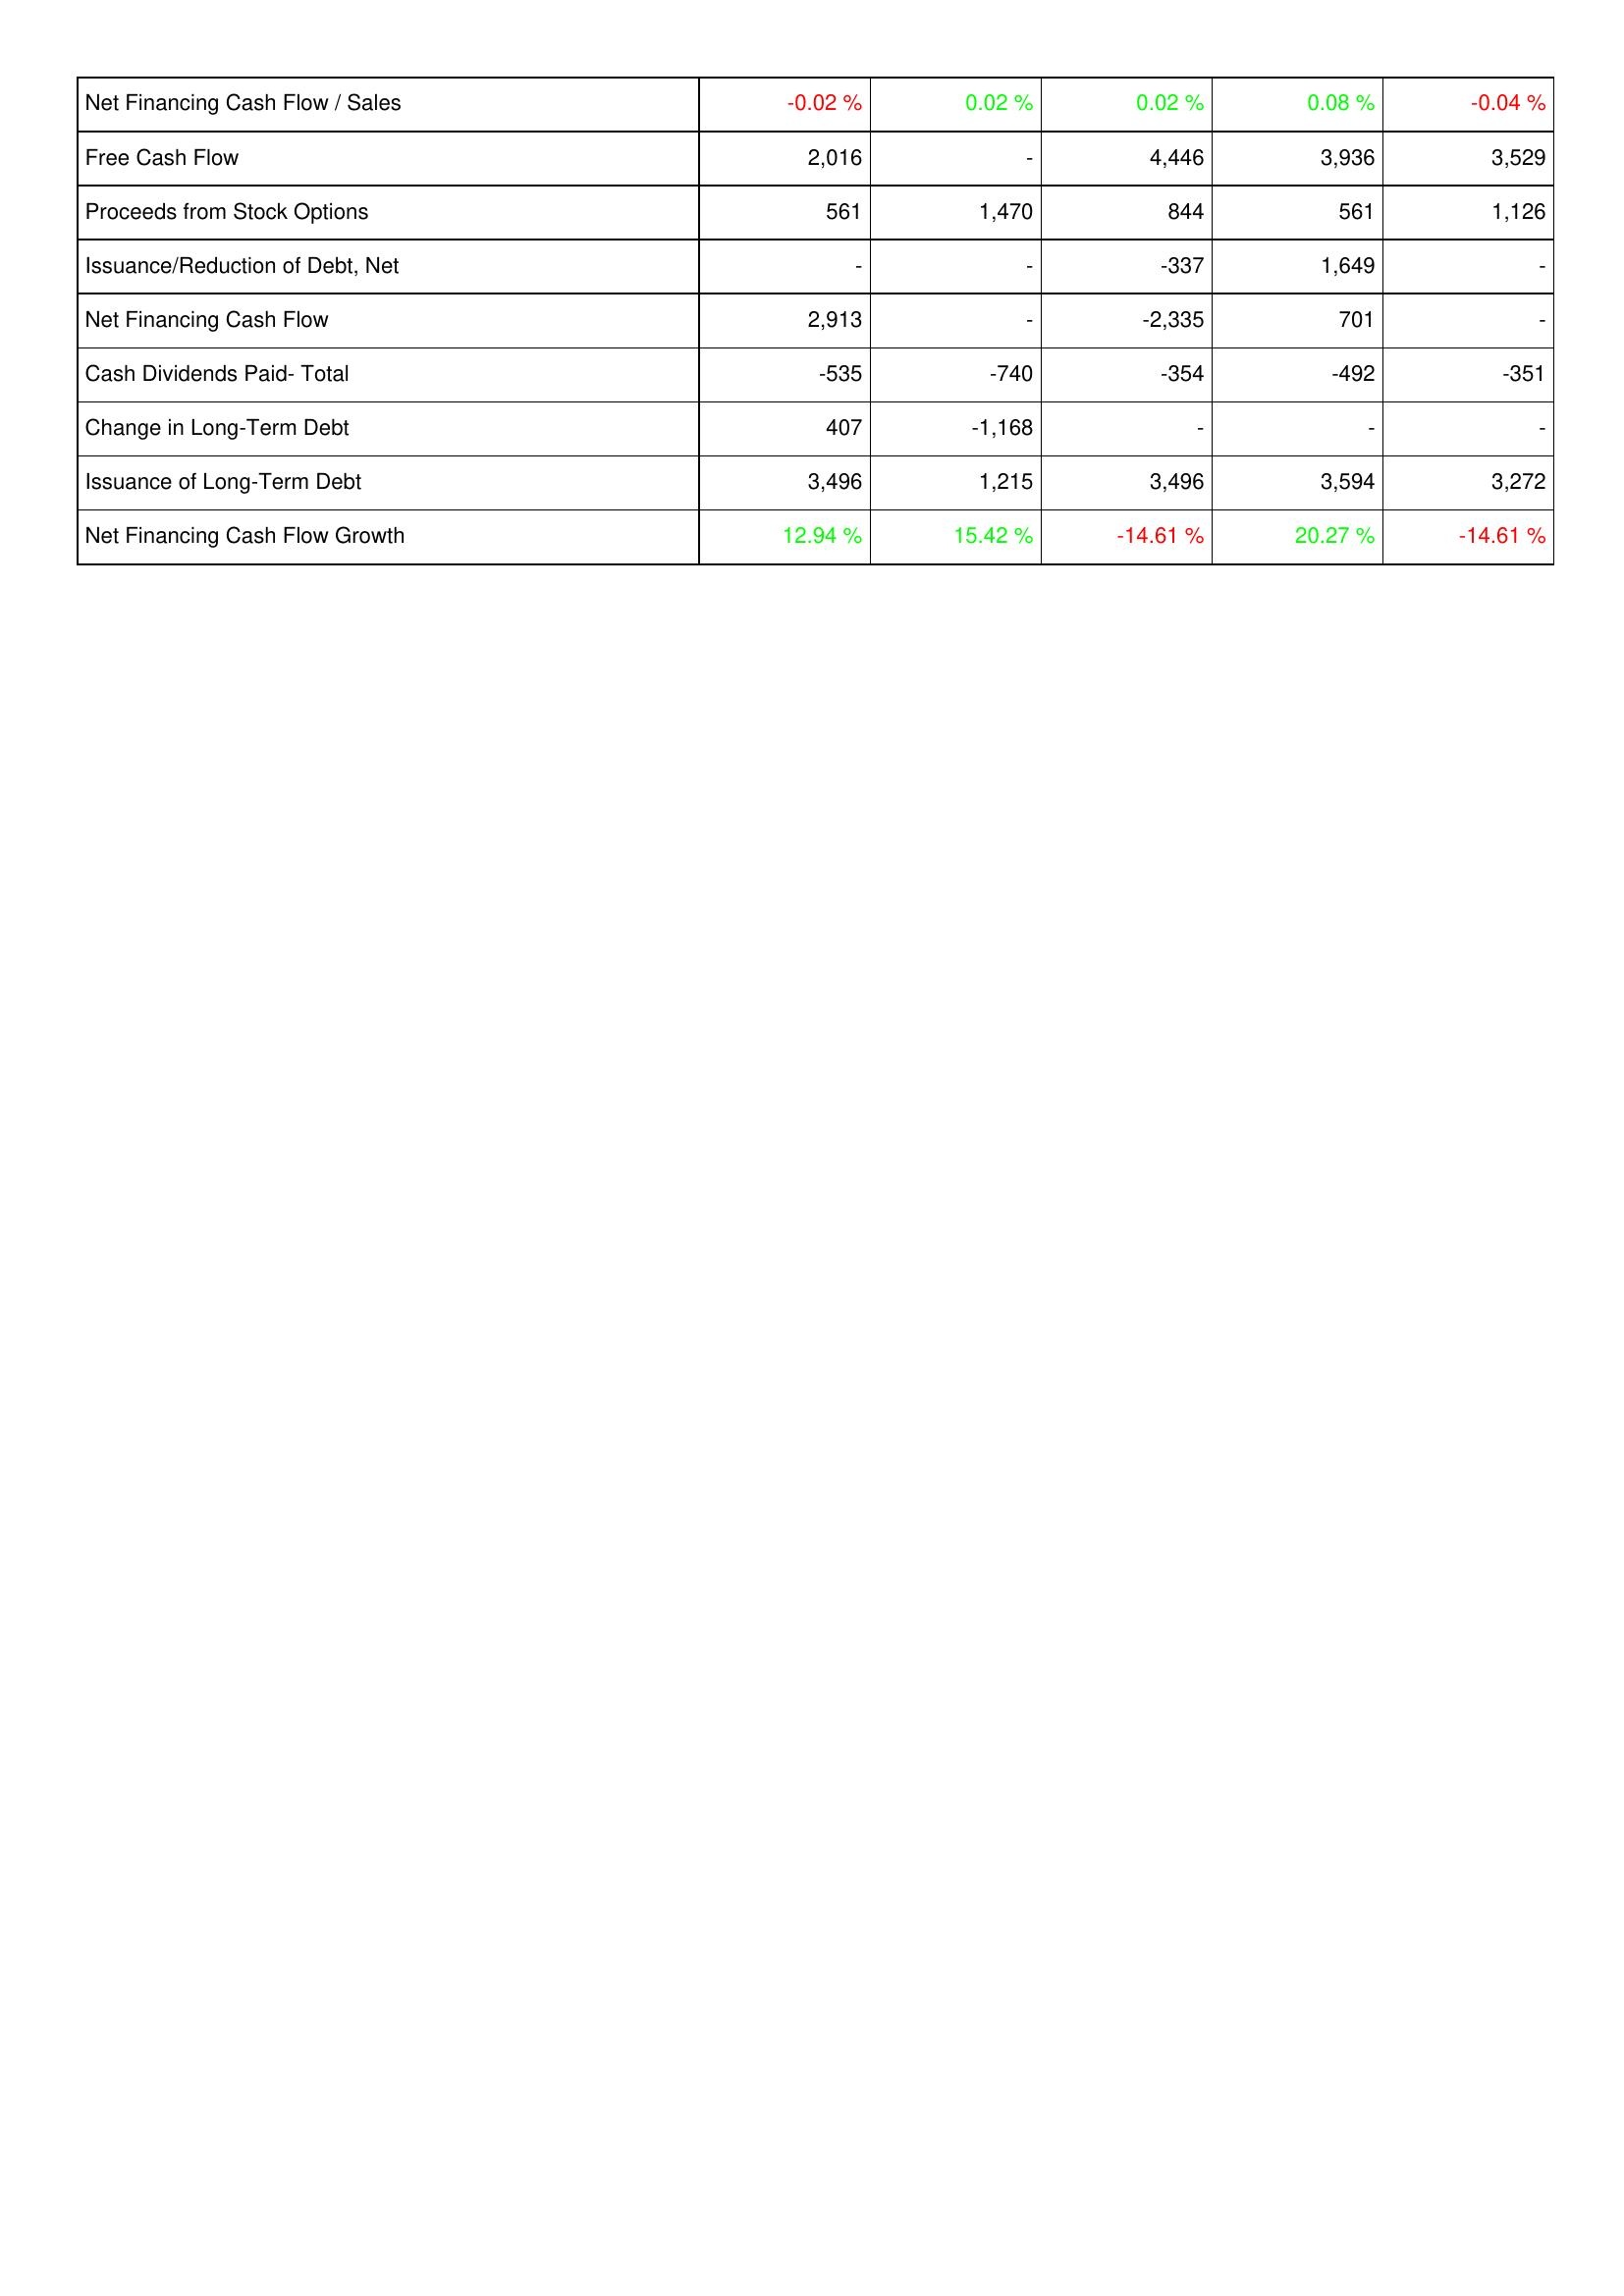
2011: Financing Activities: Net Financing Cash Flow / Sales: -0.02 %
Free Cash Flow: 2,016
Proceeds from Stock Options: 561
Issuance/Reduction of Debt, Net: -
Net Financing Cash Flow: 2,913
Cash Dividends Paid- Total: -535
Change in Long-Term Debt: 407
Issuance of Long-Term Debt: 3,496
Net Financing Cash Flow Growth: 12.94 %
2010: Financing Activities: Net Financing Cash Flow / Sales: 0.02 %
Free Cash Flow: -
Proceeds from Stock Options: 1,470
Issuance/Reduction of Debt, Net: -
Net Financing Cash Flow: -
Cash Dividends Paid- Total: -740
Change in Long-Term Debt: -1,168
Issuance of Long-Term Debt: 1,215
Net Financing Cash Flow Growth: 15.42 %
2009: Financing Activities: Net Financing Cash Flow / Sales: 0.02 %
Free Cash Flow: 4,446
Proceeds from Stock Options: 844
Issuance/Reduction of Debt, Net: -337
Net Financing Cash Flow: -2,335
Cash Dividends Paid- Total: -354
Change in Long-Term Debt: -
Issuance of Long-Term Debt: 3,496
Net Financing Cash Flow Growth: -14.61 %
2008: Financing Activities: Net Financing Cash Flow / Sales: 0.08 %
Free Cash Flow: 3,936
Proceeds from Stock Options: 561
Issuance/Reduction of Debt, Net: 1,649
Net Financing Cash Flow: 701
Cash Dividends Paid- Total: -492
Change in Long-Term Debt: -
Issuance of Long-Term Debt: 3,594
Net Financing Cash Flow Growth: 20.27 %
2007: Financing Activities: Net Financing Cash Flow / Sales: -0.04 %
Free Cash Flow: 3,529
Proceeds from Stock Options: 1,126
Issuance/Reduction of Debt, Net: -
Net Financing Cash Flow: -
Cash Dividends Paid- Total: -351
Change in Long-Term Debt: -
Issuance of Long-Term Debt: 3,272
Net Financing Cash Flow Growth: -14.61 %